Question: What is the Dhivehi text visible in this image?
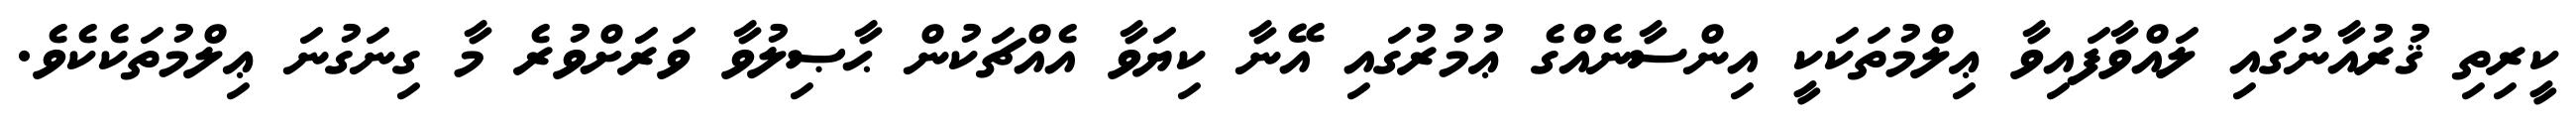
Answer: ކީރިތި ޤުރުއާނުގައި ލައްވާފައިވާ ޢިލްމުތަކަކީ އިންސާނެއްގެ ޢުމުރުގައި އޭނާ ކިޔަވާ އެއްޗަކުން ޙާޞިލުވާ ވަރަށްވުރެ މާ ގިނަގުނަ ޢިލްމުތަކެކެވެ.